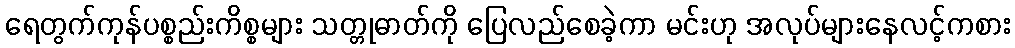
ရေတွက်ကုန်ပစ္စည်းကိစ္စများ သတ္တုဓာတ်ကို ပြေလည်စေခဲ့ကာ မင်းဟု အလုပ်များနေလင့်ကစား